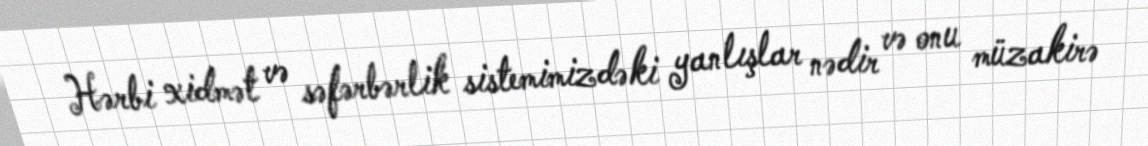
Hərbi xidmət və səfərbərlik sistemimizdəki yanlışlar nədir və onu müzakirə